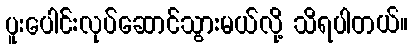
ပူးပေါင်းလုပ်ဆောင်သွားမယ်လို့ သိရပါတယ်။